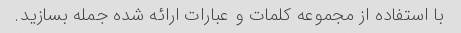
با استفاده از مجموعه کلمات و عبارات ارائه شده جمله بسازید.